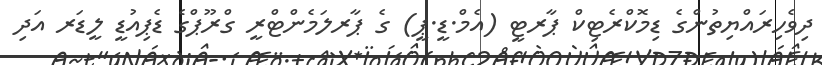
ދިވެހިރައްޔިތުންގެ ޑިމޮކްރެޓިކް ޕާރޓީ (އެމް.ޑީ.ޕީ) ގެ ޕާރލަމެންޓްރީ ގްރޫޕްގެ ޑެޕިއުޑީ ލީޑަރ އަދި